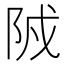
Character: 𨹒